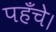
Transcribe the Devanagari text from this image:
पहँचे।